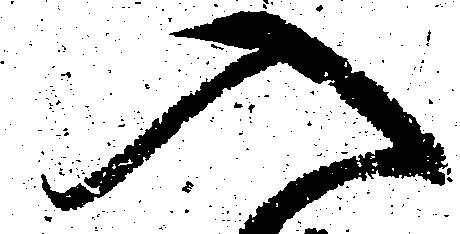
入